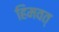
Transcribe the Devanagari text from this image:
हिमवत्‌